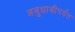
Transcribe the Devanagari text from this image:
अबुधाबीपर्यंत